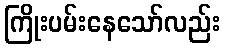
ကြိုးပမ်းနေသော်လည်း